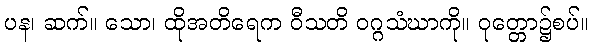
ပန၊ ဆက်။ သော၊ ထိုအတိရေက ဝီသတိ ဝဂ္ဂသံဃာကို။ ဝုတ္တော၌စပ်။